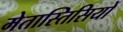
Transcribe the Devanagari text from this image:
मेतास्तिसियों